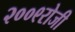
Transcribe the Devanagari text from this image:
२००९रोजी